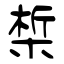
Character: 椞